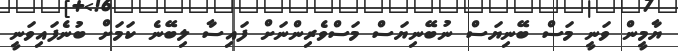
ޔާމީން ވަނީ މަސް ބޭނިޔަސް ނުބޭނިޔަސް މަސްވެރިންނަށް ފައިސާ ލިބޭނެ ކަމަށް ބުނެފައިވަނީ